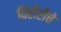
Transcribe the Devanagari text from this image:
विहीरींचे